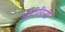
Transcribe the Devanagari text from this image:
सँटोरिनी